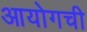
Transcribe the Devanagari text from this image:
आयोगची